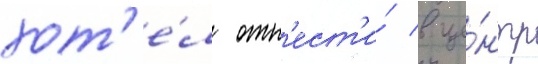
хот'е́л отн'ест'и́ в це́нтр